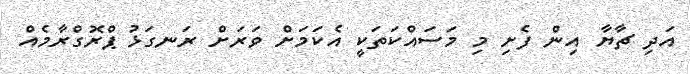
އަދި ޗާޔާ އިން ފެށި މި މަސައްކަތަކީ އެކަމަށް ވަރަށް ރަނގަޅު ޕްރޮގްރާމެއް